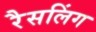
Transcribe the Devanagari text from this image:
रैसलिंग